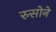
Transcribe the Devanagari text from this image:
रुसोने